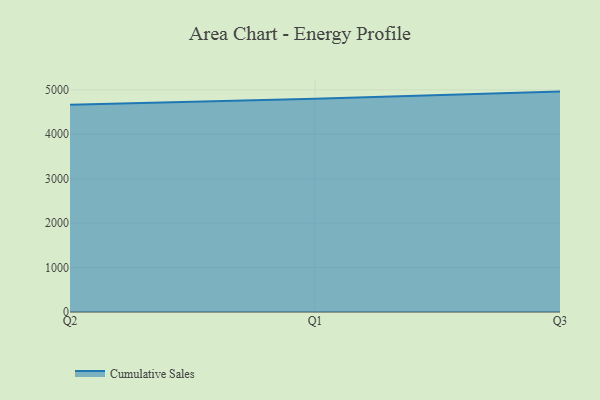
{"axis": {"x": "Quarter", "y": "Active Users"}, "legend": ["Cumulative Sales"], "data": [{"x": "Q2", "y": 4663.3, "type": "Cumulative Sales"}, {"x": "Q1", "y": 4798.6, "type": "Cumulative Sales"}, {"x": "Q3", "y": 4960.3, "type": "Cumulative Sales"}]}